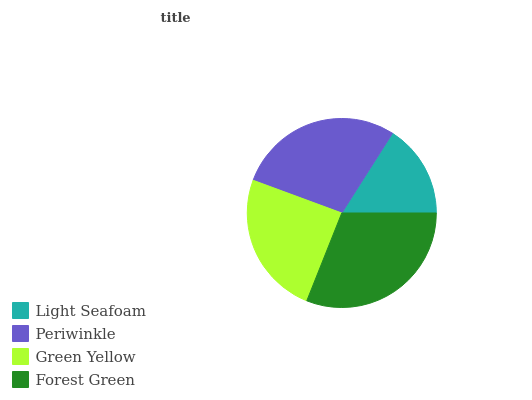
| Light Seafoam | Periwinkle | Green Yellow | Forest Green |
 | --- | --- | --- | --- |
 | 15.9% | 28.4% | 24.6% | 31.1% |